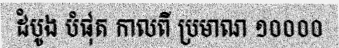
ដំបូង បំផុត កាលពី ប្រមាណ ១០០០០